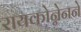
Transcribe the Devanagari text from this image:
रायकोन्नेनने